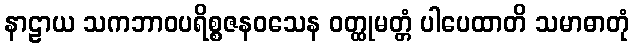
နာဠာယ သကဘာဝပရိစ္စဇနဝသေန ဝတ္ထုမတ္တံ ပါပေထာတိ သမာဓာတုံ